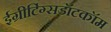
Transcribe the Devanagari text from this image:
ईग्रीटिंग्सडॉटकॉम